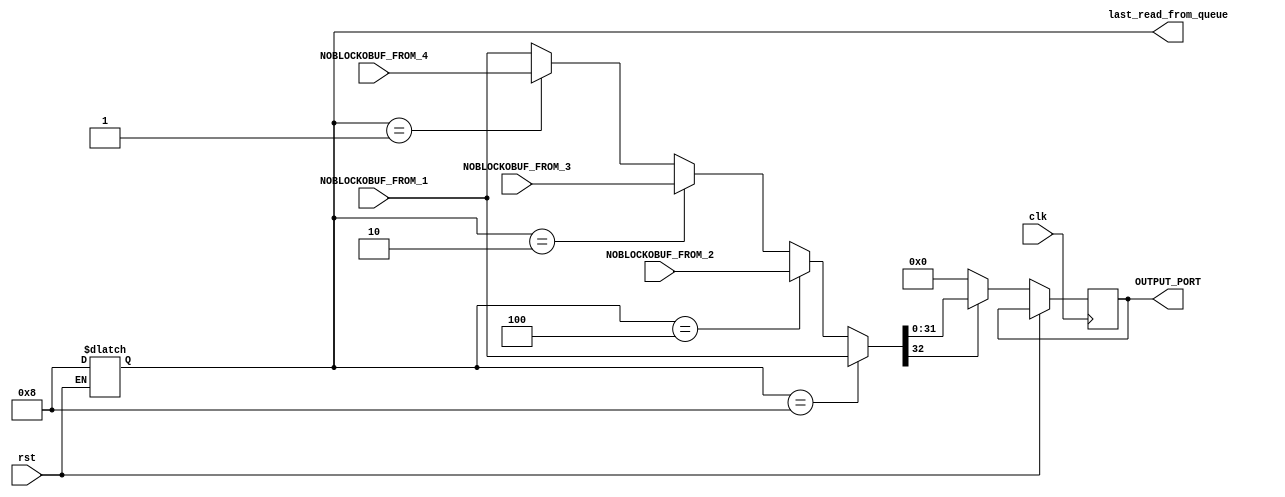
module output_daemon (
    input clk,rst,
    input [32:0] NOBLOCKOBUF_FROM_1, NOBLOCKOBUF_FROM_2, NOBLOCKOBUF_FROM_3, NOBLOCKOBUF_FROM_4,
    output reg [31:0] OUTPUT_PORT,
    output [1:4] last_read_from_queue
);

    reg [1:4] read_from_queue;
    reg [32:0] pkt_word;
    wire packet_is_valid;
    reg [7:0] down_counter, next_down_counter;
    wire [15:0] pkt_length;

    wire [1:4] local_next_read_from_queue;
    
    assign packet_is_valid = pkt_word[32];

    assign pkt_length = pkt_word[23:8];

    assign last_read_from_queue = read_from_queue;

    // priority_select priority_select_instance(
    //     .down_counter(down_counter), .read_from_queue(read_from_queue), .packet_is_valid(packet_is_valid),
    //     .next_read_from_queue(local_next_read_from_queue)
    // );

    always @(*) begin
        if(read_from_queue == 4'b1000)
            pkt_word <= NOBLOCKOBUF_FROM_1;
        else if(read_from_queue == 4'b0100)
            pkt_word <= NOBLOCKOBUF_FROM_2;
        else if(read_from_queue == 4'b0010)
            pkt_word <= NOBLOCKOBUF_FROM_3;
        else if(read_from_queue == 4'b0001)
            pkt_word <= NOBLOCKOBUF_FROM_4;
        else
            pkt_word <= NOBLOCKOBUF_FROM_1;
    end

    always @(packet_is_valid, down_counter, pkt_length) begin
        if(~packet_is_valid & down_counter == 8'd0)
            next_down_counter <= 8'd0;
        else if(packet_is_valid & down_counter != 8'd0) 
            next_down_counter <= down_counter - 1;
        else if(packet_is_valid & down_counter == 8'd0) 
            next_down_counter <= pkt_length;
        else
            next_down_counter <= down_counter;
    end

    always @(posedge clk) begin
        if(rst != 1'b1) begin
            // read_from_queue <= local_next_read_from_queue;
            down_counter <= next_down_counter;
            if(packet_is_valid)
                OUTPUT_PORT <= pkt_word[31:0];
            else
                OUTPUT_PORT <= 32'd0;
        end
    end

    always @(rst) begin
        if(rst == 1'b1) begin
            down_counter <= 8'd0;
            read_from_queue <= 4'b1000;
        end
    end

endmodule